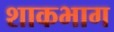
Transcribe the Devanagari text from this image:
शाकभाग